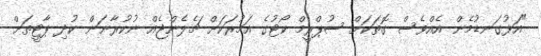
"އަޅުގަނޑުމެން އެއްވެސް ގޮތަކަށް ސުޕްރީމް ކޯޓުގެ އަމުރަކަށް ޗެލެންޖެއް ނުކުރާނަން ކުދި ޕާޓީތަށް